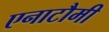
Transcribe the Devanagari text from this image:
एनाटौमी